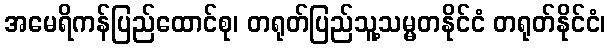
အမေရိကန်ပြည်ထောင်စု၊ တရုတ်ပြည်သူ့သမ္မတနိုင်ငံ တရုတ်နိုင်ငံ၊